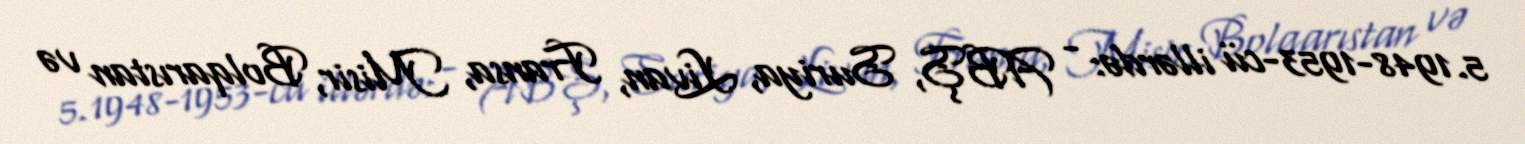
5.1948-1953-cü illərdə: - ABŞ, Suriya, Livan, Fransa, Misir, Bolqarıstan və